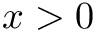
x > 0